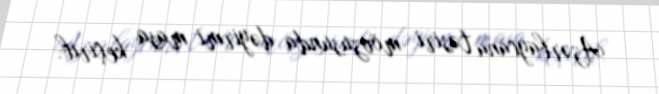
Azərbaycana təsiri mövzusunda dəyirmi masa keçirib.